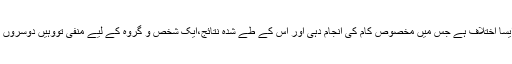
لیکن فکر و نظر کا اختلاف ایک ایسا اختلاف ہے جس میں مخصوص کام کی انجام دہی اور اس کے طے شدہ نتائج،ایک شخص و گروہ کے لیے منفی تووہیں دوسروں کے لیے مثبت بھی ہوسکتے ہیں۔